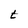
Character: t